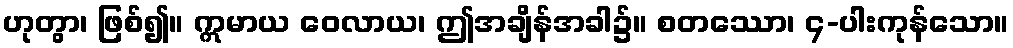
ဟုတွာ၊ ဖြစ်၍။ ဣမာယ ဝေလာယ၊ ဤအချိန်အခါ၌။ စတဿော၊ ၄-ပါးကုန်သော။